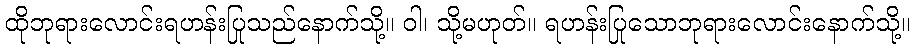
ထိုဘုရားလောင်းရဟန်းပြုသည်နောက်သို့။ ဝါ၊ သို့မဟုတ်။ ရဟန်းပြုသောဘုရားလောင်းနောက်သို့။